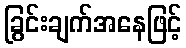
ခြွင်းချက်အနေဖြင့်